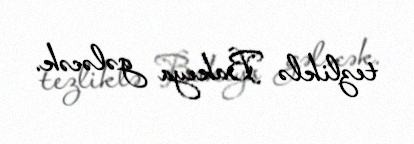
tezliklə Bakıya gələcək.